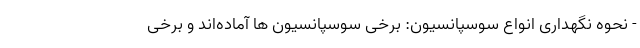
- نحوه نگهداری انواع سوسپانسیون: برخی سوسپانسیون ها آماده‌اند و برخی